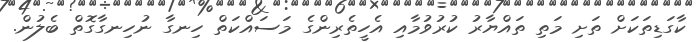
ކާގަޑިތަކަށް ތަށި މަތި ތައްޔާރު ކުރުވުމާއި އެހީތެރިންގެ މަސައްކަތް ހިނގާ ނުހިނގާގޮތް ބެލުން.